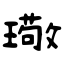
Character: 璥